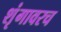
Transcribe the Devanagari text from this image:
शृंगावरच